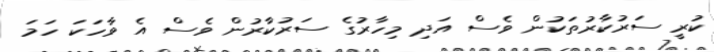
ކުރީ ސަރުކާރުތަކުން ވެސް އަދި މިހާރުގެ ސަރުކާރުން ވެސް އެ ވާހަކަ ހަމަ